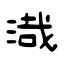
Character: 渽